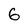
Character: 6